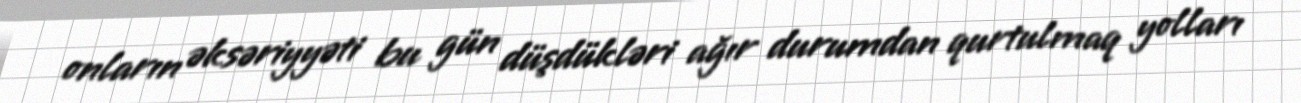
onların əksəriyyəti bu gün düşdükləri ağır durumdan qurtulmaq yolları